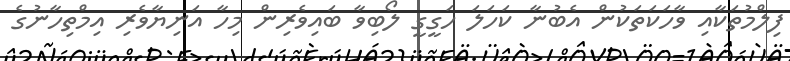
ފިލްމުތަކާއި ވާހަކަތަކުން އެބުނާ ކަހަލަ ހަގީގީ ލޯބިވާ ބައިވެރިން މިހާ އަނިޔާވެރި އިމްތިހާނުގެ